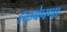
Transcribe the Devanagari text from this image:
हळवेपणा